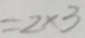
= 2 \times 3